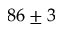
8 6 \pm 3